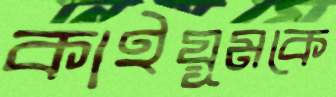
কাইয়ূমকে